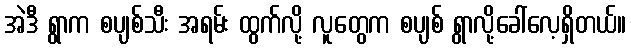
အဲဒီ ရွာက စပျစ်သီး အရမ်း ထွက်လို့ လူတွေက စပျစ် ရွာလို့ခေါ်လေ့ရှိတယ်။